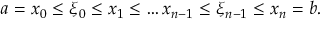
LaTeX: a = x _ { 0 } \leq \xi _ { 0 } \leq x _ { 1 } \leq \ldots x _ { n - 1 } \leq \xi _ { n - 1 } \leq x _ { n } = b .